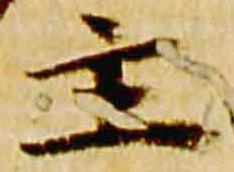
主